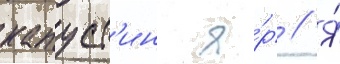
капуст'ин я́р // Я́